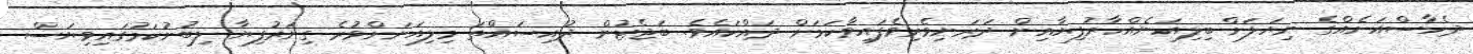
ދެހާސްއަށެއްގެ ނިޔަލަށް ބިލިއަނެއްހާރުފިޔާއިން ދަރަނިވެރިވެފައިވާކަމަށް ދައްކައެވެ. ބަޖެޓުން ދުއިސައްތަ މިލިއަނަށްވުރެ ގިނަރުފިޔާ ލިބުނުކަމުގައިވިޔަސް